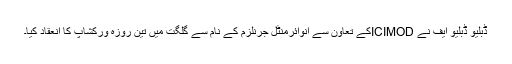
ڈبلیو ڈبلیو ایف نے ICIMODکے تعاون سے انوائرمنٹل جرنلزم کے نام سے گلگت میں تین روزہ ورکشاپ کا انعقاد کیا۔